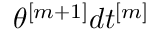
\theta ^ { [ m + 1 ] } d t ^ { [ m ] }